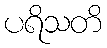
ပရိသတိ